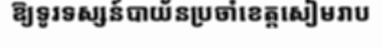
ឱ្យទូរទស្សន៍បាយ័នប្រចាំខេត្តសៀមរាប